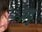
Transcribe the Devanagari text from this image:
प्रवृ